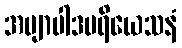
အဗျာပါဒပရိယေသနံ